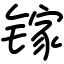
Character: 镓